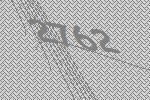
2762